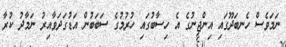
ނަމަވެސް ހެނބަދޫގައި އިންޖީނުގެ އެ ހިސާބުގައި ހުރުމުގެ ސަބަބުން އަޑުގަދަވާއިރު ނަމާދު ކުރާ